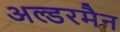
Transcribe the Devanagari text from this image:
अल्डरमैन